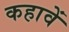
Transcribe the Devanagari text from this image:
कहावें